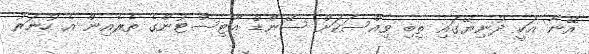
އޭނާ އަކީ ދުނިޔޭގައި ތިބި ވިއްސަކަށް ސޭންޑް އާޓިސްޓުންގެ ތެރެއިން އެ ހުނަރު